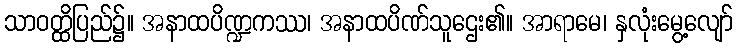
သာဝတ္ထိပြည်၌။ အနာထပိဏ္ဍကဿ၊ အနာထပိဏ်သူဌေး၏။ အာရာမေ၊ နှလုံးမွေ့လျော်